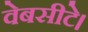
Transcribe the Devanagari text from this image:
वेबसीटे।